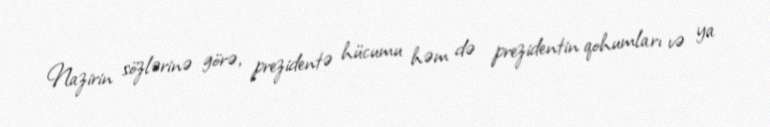
Nazirin sözlərinə görə, prezidentə hücumu həm də prezidentin qohumları və ya